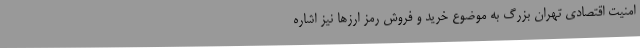
امنیت اقتصادی تهران بزرگ به موضوع خرید و فروش رمز ارزها نیز اشاره